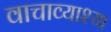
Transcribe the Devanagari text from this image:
वाचाव्याश्या